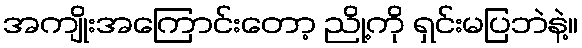
အကျိုးအကြောင်းတော့ ညို့ကို ရှင်းမပြဘဲနဲ့။